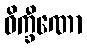
ဝိက္ခီဏော